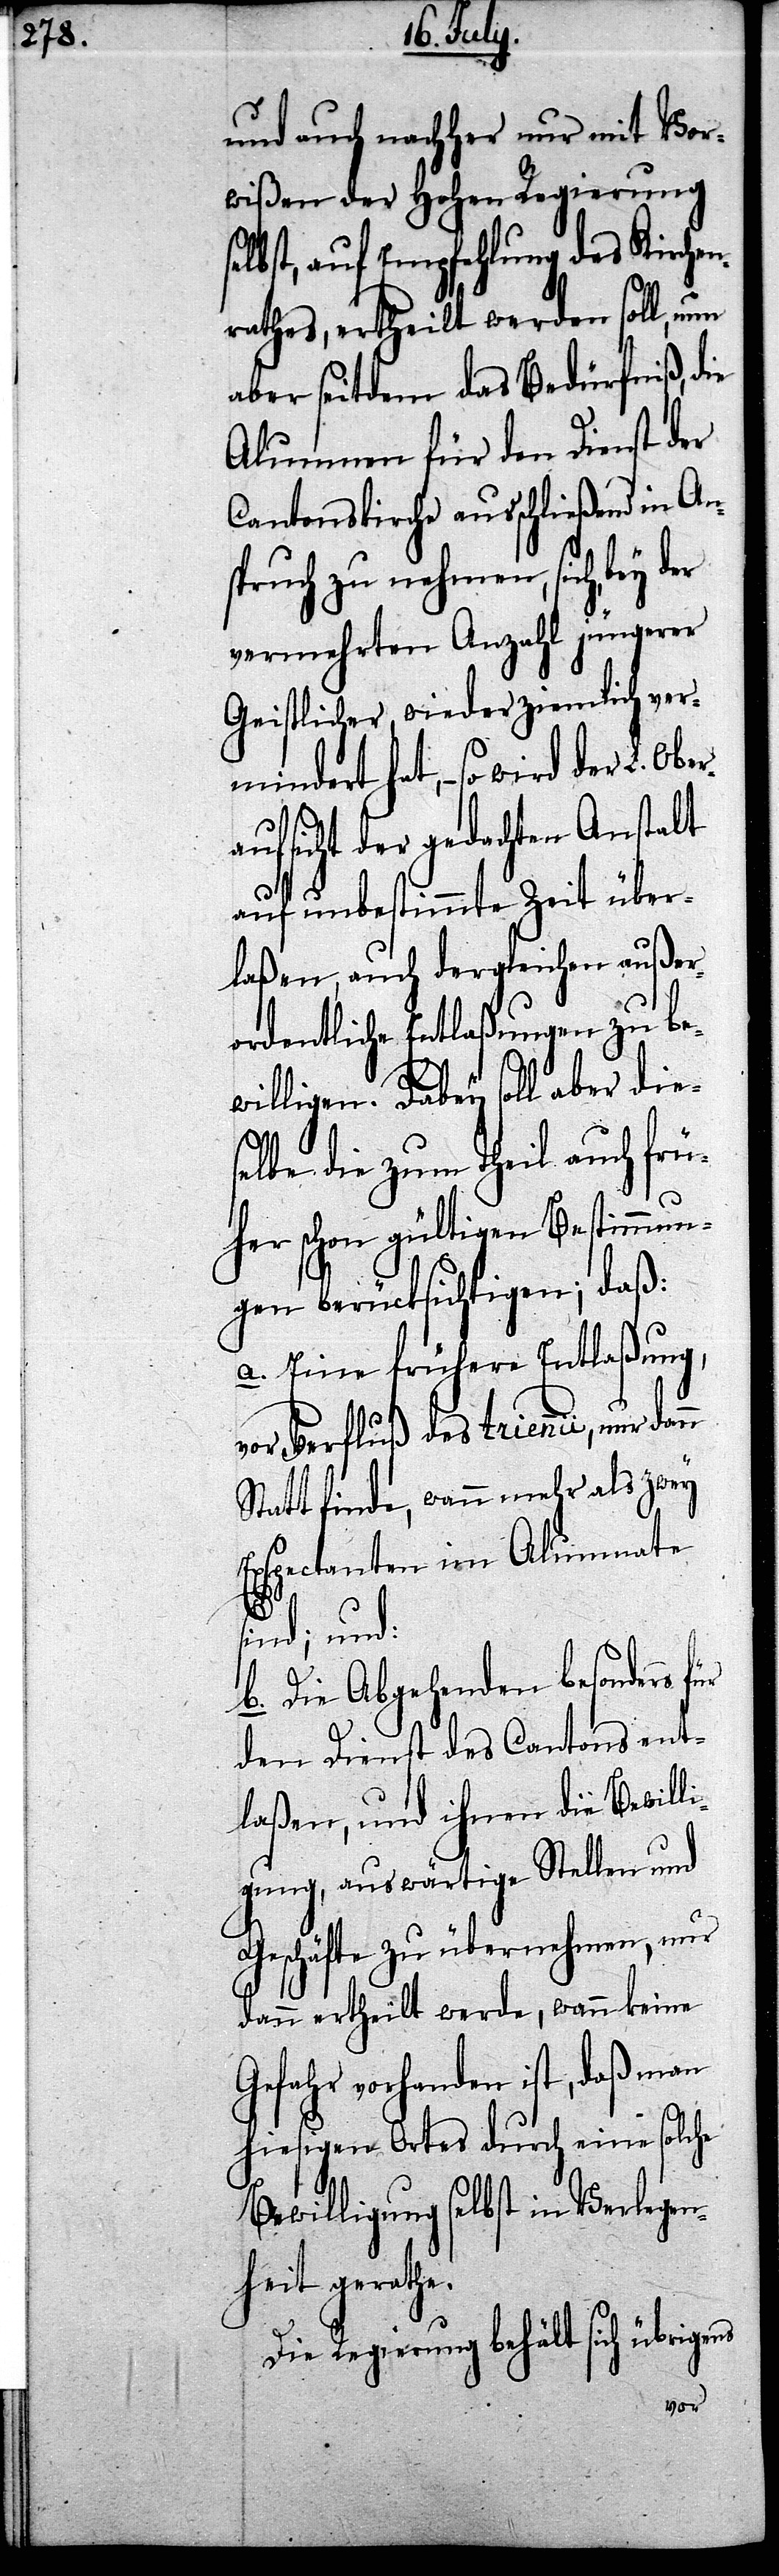
ns

und auch nachher nur mit Vor¬
wißen der Hohen Regierung
selbst, auf Empfehlung des Kirchen¬
rathes, ertheilt werden soll, um
aber seitdem das Bedürfniß, die
Alumnen für den Dienst der
Cantonskirche ausschließend in Ans¬
pruch zu nehmen, sich, bey
vermehrten Anzahl jüngerer
Geistlicher, wieder ziemlich ver¬
mindert hat, – so wird der
aufsicht der gedachten Anstalt
auf unbestimmte Zeit über¬
laßen, auch dergleichen außer¬
ordentliche Entlaßungen zu be¬
willigen. Dabey soll aber die¬
selbe die zum Theil auch frü¬
her schon gültigen Bestimmun¬
gen berücksichtigen; daß:
a. Eine frühere Entlaßung,
vor Verfluß des triennii, nur
Statt finde, wenn mehr als zwey
Exspectanten im Allumnate
sind; und:
b. Die Abgehenden besonders
den Dienst des Cantons ent¬
laßen, und ihnen die Bewill¬
igung, auswärtige Stellen und
Geschäfte zu übernehmen, nur
dann ertheilt werde, wann keine
Gefahr vorhanden ist, daß man
hiesigen Ortes durch eine solche
Bewilligung selbst in Verlegen¬
heit gerathe.
Die Regierung behält sich übrige¬
Ober¬